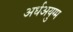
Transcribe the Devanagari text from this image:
अर्धअयुग्म